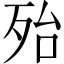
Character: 殆